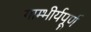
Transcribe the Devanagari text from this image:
गाम्भीर्यपूर्ण